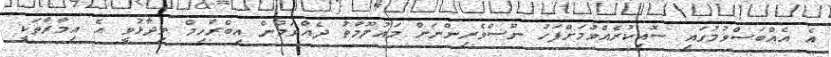
އެ އެއްބަސްވުމުގައި ސޮއިކުރެއްވުމަށްފަހު ނޫސްވެރިންނަށް މައުލޫމާތު ދެއްވަމުން އިބްރާހިމް ވިދާޅުވީ އެ އިމާރާތަކީ